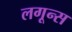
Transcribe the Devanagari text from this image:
लगून्स